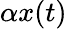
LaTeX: \alpha x(t)